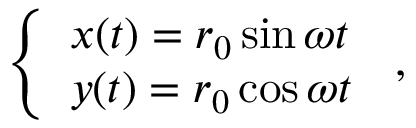
\left\{ \begin{array} { l l } { { x ( t ) = r _ { 0 } \sin \omega { t } } } \\ { { y ( t ) = r _ { 0 } \cos \omega { t } } } \end{array} \right. \, { , }